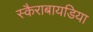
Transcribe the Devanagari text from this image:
स्कैराबायडिया